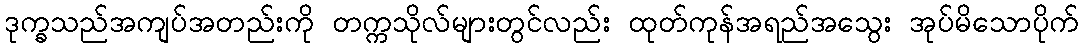
ဒုက္ခသည်အကျပ်အတည်းကို တက္ကသိုလ်များတွင်လည်း ထုတ်ကုန်အရည်အသွေး အုပ်မိသောပိုက်